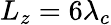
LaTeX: {L_{z}=6\lambda_{c}}